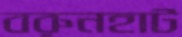
বরুনহাট